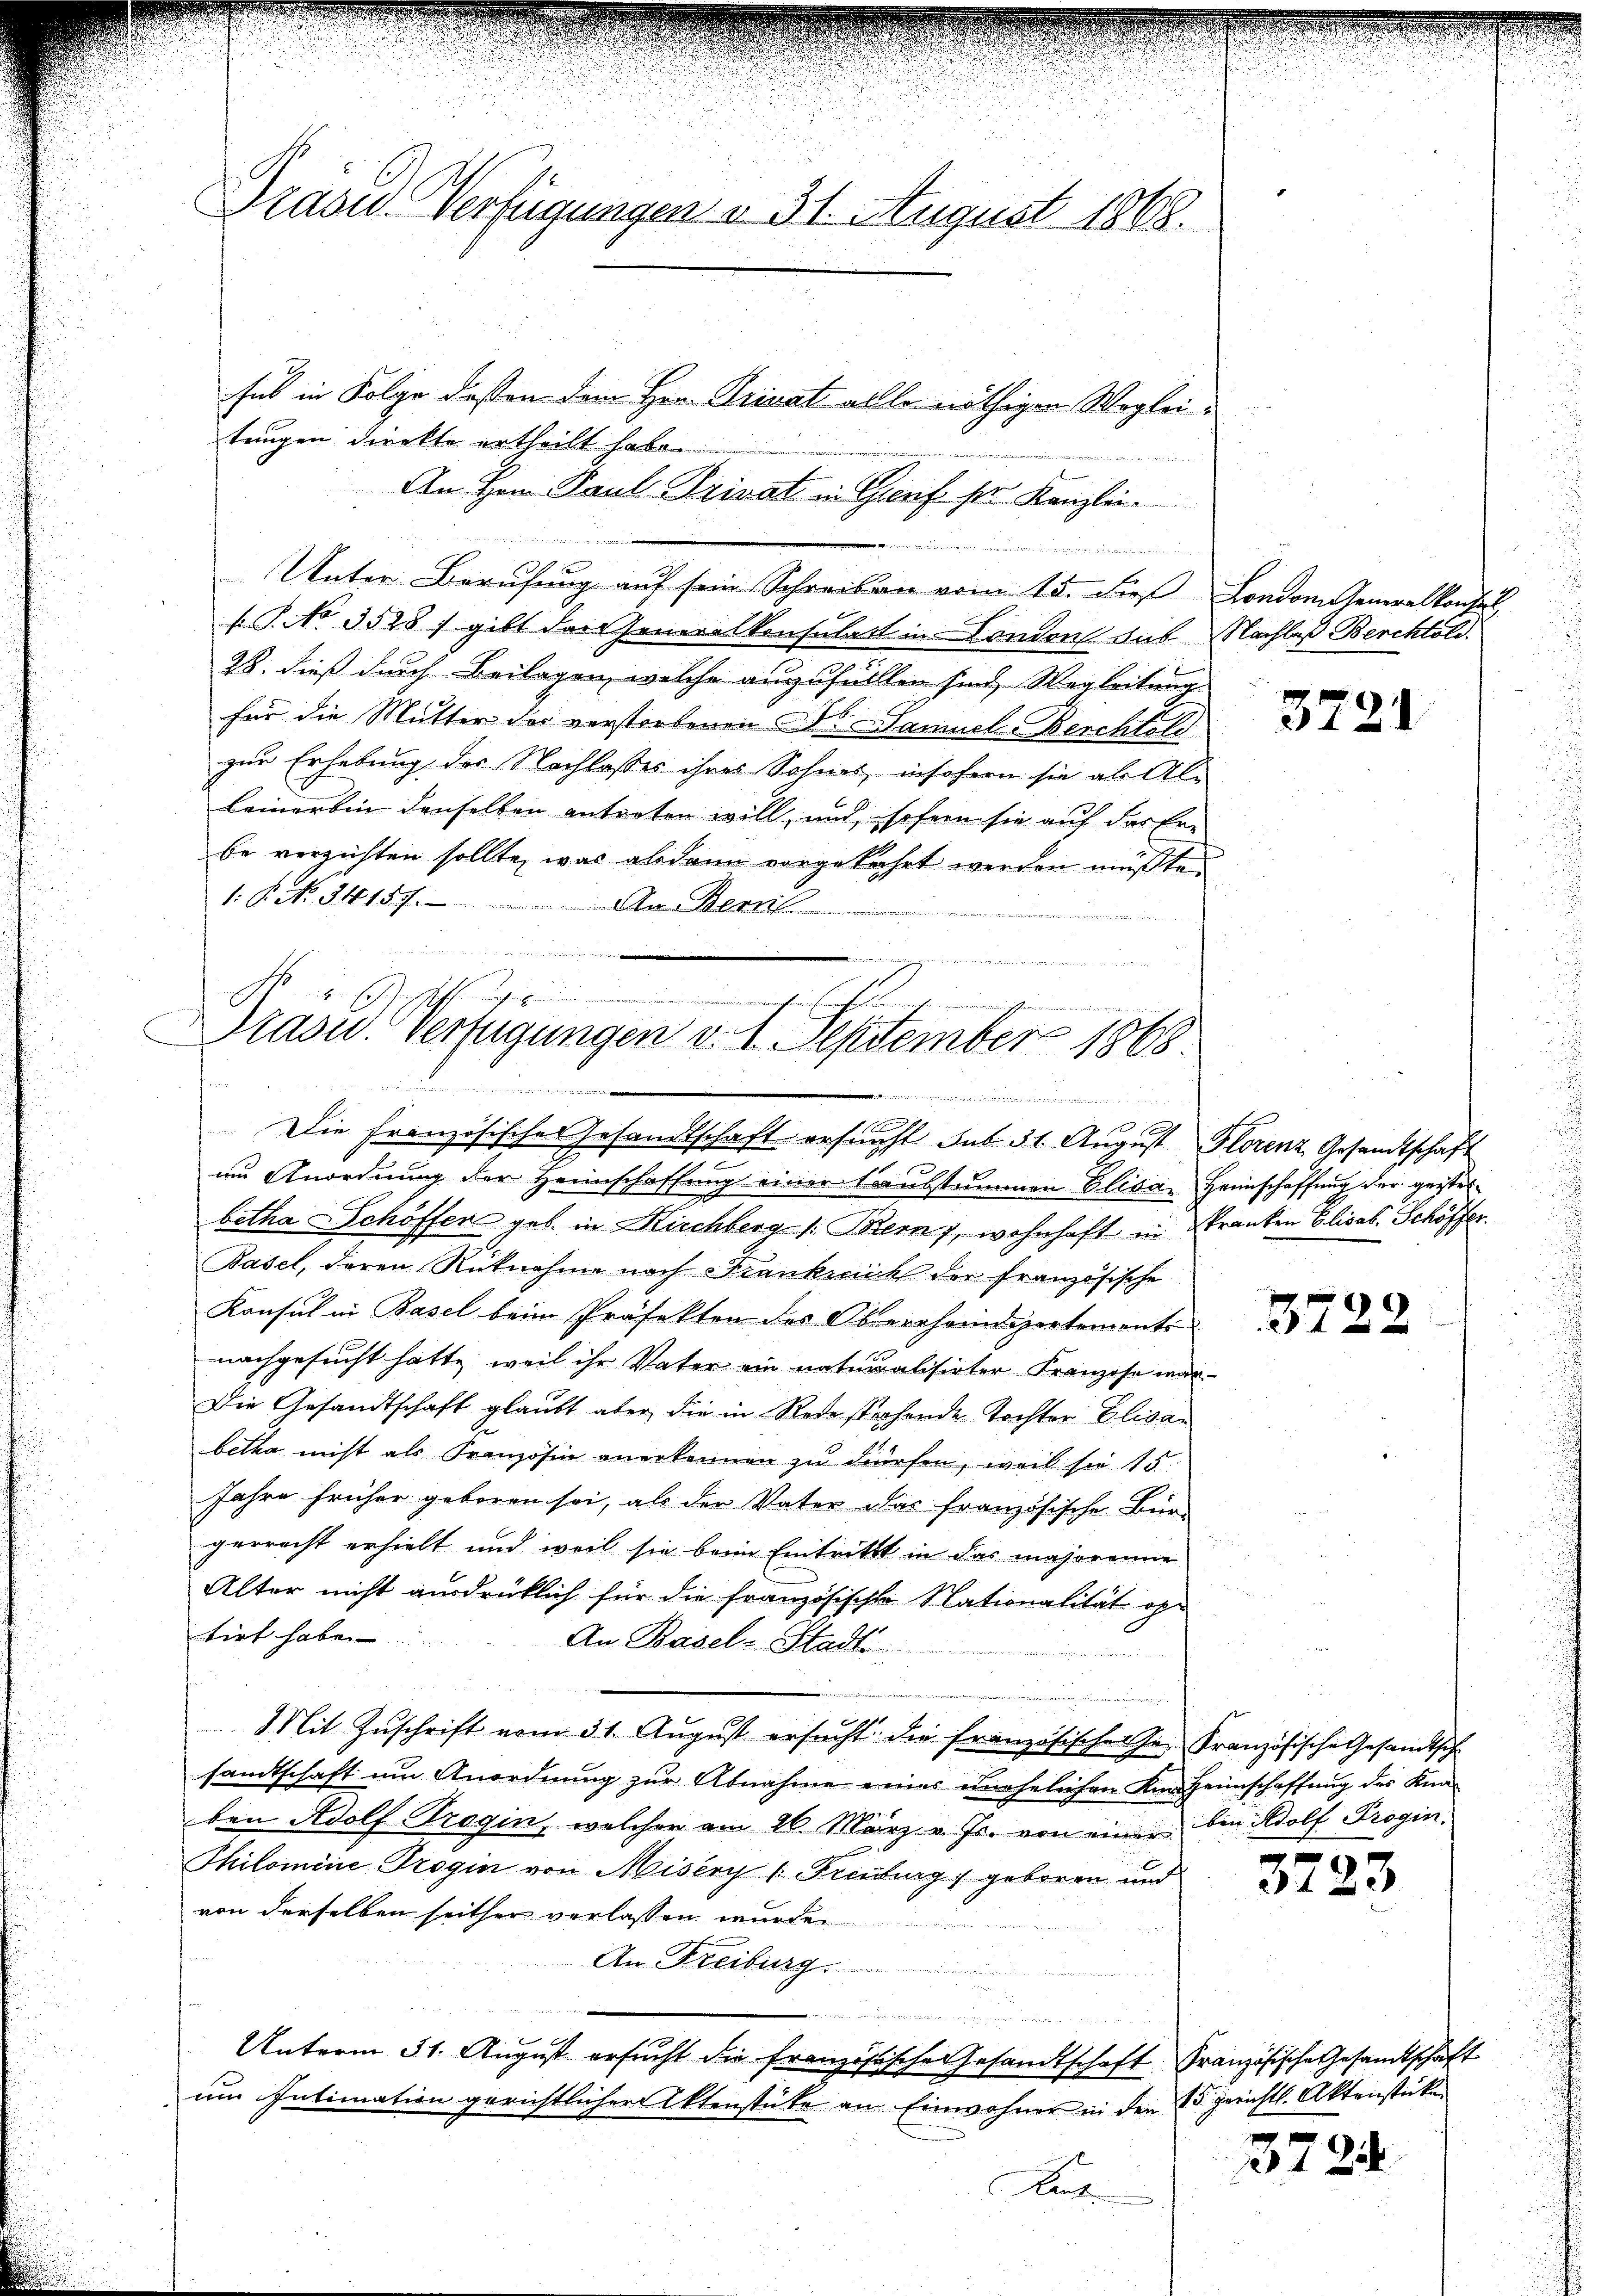
Präsid. Verfügungen d. 31. August 1862.
sul in Folge dessen dem Hrn. Privat allle nöthigen Wogleitungen direkte ertheilt habe

G. No 3528) gibt das Generalkonsulatt in London aus Nachlaß Berchtold.
28. dieß durch Beilagen, welche auszufüllen sind, Wegleitung
für die Mutter der verstorbenen Dr. Samuel-Berchtold
zur Erhebung der Nachlasses ihres Sohnes, insofern sie als Alleiner bin denselben antreten will, und sofern sie auf das Er-
be verzichten sollte, was alsdann vorgekehrt werden müßte.
: P. N. 34157. An Denn

J
ichen sich
aschen und meinden

An Herr Paul Privat in Genf sie Kanzlei-
 war es
Unter Berufung auf sein Schreiben vom 15. Fuß London Generalkonsul

Prasw. Verfügungen d. 1. September 1868
e
e
Die Französisches Gesandtschaft ersucht sub 31. August Florenz Gesandtschaft

im Anordnung der Heimschaffung einer Laubstummen Elisae Heimschaffung der geisterbetha Schöffen geb. in Kirchberg [Bem, wohnhaft in Kranken Elisab. Schöffer
Basel, deren Rücknahme nach Frankreich der französische
Konsul in Basel beim Präfekten des Oberrheindspertements
nachgesucht hätte, weil ihr Vater ein naturalisirter Franzise war-
Die Gesandtschaft glaubt aber die in Rede stehende Tochter Elisau
betha nicht als Französin anerkennen zu dürfen, weil sie 15.
Jahre früher geboren sei, als der Vater das französische Büro
gerrecht erhielt und weil sie beim Eintritt in das majorenne
Alter nicht ausdrücklich für die Französischte Nationalität optirt habe.
An Basel-Stadt
u
Mit Zŭschrift vom 31. Aŭgŭst ersŭcht die französischer Hr. Französische Gesandtsch
samtschaft ŭm Anordnŭng zŭr Abnahme eines unehelichen am Heimschaffŭng des Kna-
ben Adolf Trogin, welcher am 26. März v. Js. von einer bei Adolf Progin.
Thilomine Trogin von Misery v. Freiburg, geboren und
von derselben seither verlassen wurde.
An Freiburg

e
Unterm 31. August ersucht die franzistische Gesandtschaft. Französische Gesandtschaft
um Intimation gerichtlicher Aktenstüke an Einwohner in den 15 gerichtl. Aktenstück
Kant

3721

3722

3723

3724.